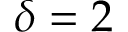
\delta = 2